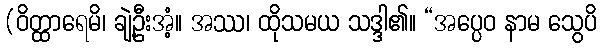
(ဝိတ္ထာရေမိ၊ ချဲ့ဦးအံ့။ အဿ၊ ထိုသမယ သဒ္ဒါ၏။ “အပ္ပေဝ နာမ သွေပိ